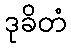
ဒုခိတံ